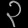
Digit: ၃